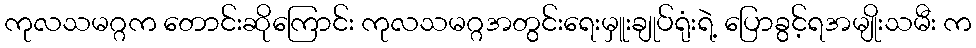
ကုလသမဂ္ဂက တောင်းဆိုကြောင်း ကုလသမဂ္ဂအတွင်းရေးမှူးချုပ်ရုံးရဲ့ ပြောခွင့်ရအမျိုးသမီး က